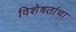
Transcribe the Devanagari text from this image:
विशेषतांचा